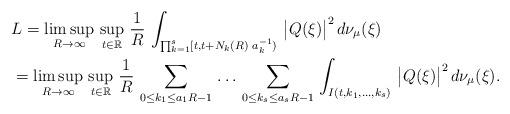
LaTeX: \begin{align*}&L=\limsup_{R\to \infty}\,\sup_{t\in \mathbb{R}}\,\frac{1}{R}\,\int_{\prod_{k=1}^s [t, t+N_k(R)\,\,a_k^{-1})}\,\big|Q(\xi)\big|^2\,d\nu_{\mu}(\xi)\\&=\limsup_{R\to \infty}\,\sup_{t\in \mathbb{R}}\,\frac{1}{R}\,\sum_{0\le k_1\le a_1 R-1}\,\dots\, \sum_{0\le k_s\le a_s R-1}\,\int_{I(t,k_1,\dots,k_s)}\,\big|Q(\xi)\big|^2\,d\nu_{\mu}(\xi).\\\end{align*}